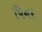
પિનર